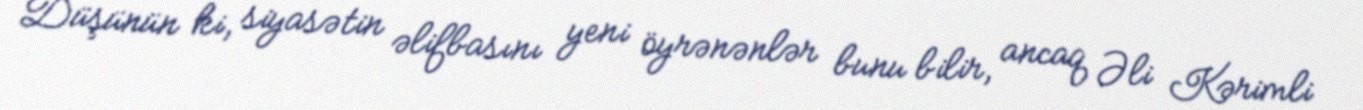
Düşünün ki, siyasətin əlifbasını yeni öyrənənlər bunu bilir, ancaq Əli Kərimli